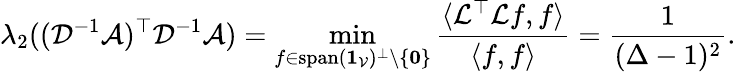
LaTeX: \lambda_{2}((\mathcal{D}^{-1}\mathcal{A})^{\top}\mathcal{D}^{-1}\mathcal{A})=\operatorname*{min}_{f\in\mathrm{span}(\mathbf{1}_{\mathcal{V}})^{\bot}\setminus\{ \mathbf{0}\} }\frac{\langle\mathcal{L}^{\top}\mathcal{L}f,f\rangle}{\langle f,f\rangle}=\frac{1}{(\Delta-1)^{2}}.